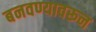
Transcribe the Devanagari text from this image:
बनवण्यावरून